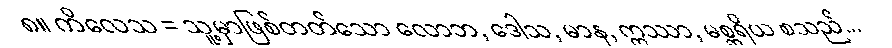
၈။ ကိလေသ = သူ့မှာဖြစ်တတ်သော လောဘ, ဒေါသ, မာန, ဣဿာ, မစ္ဆရိယ စသည်...